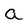
Character: a